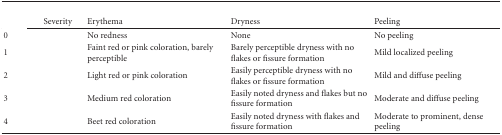
<table><thead><tr><td colspan="5">[EMPTY_CELL]</td></tr><tr><td>[EMPTY_CELL]</td><td><b>Severity</b></td><td><b>Erythema</b></td><td><b>Dryness</b></td><td><b>Peeling</b></td></tr></thead><tbody><tr><td>0</td><td>[EMPTY_CELL]</td><td>No redness</td><td>None</td><td>No peeling</td></tr><tr><td>1</td><td>[EMPTY_CELL]</td><td>Faint red or pink coloration, barely perceptible</td><td>Barely perceptible dryness with no flakes or fissure formation</td><td>Mild localized peeling</td></tr><tr><td>2</td><td>[EMPTY_CELL]</td><td>Light red or pink coloration</td><td>Easily perceptible dryness with no flakes or fissure formation</td><td>Mild and diffuse peeling</td></tr><tr><td>3</td><td>[EMPTY_CELL]</td><td>Medium red coloration</td><td>Easily noted dryness and flakes but no fissure formation</td><td>Moderate and diffuse peeling</td></tr><tr><td>4</td><td>[EMPTY_CELL]</td><td>Beet red coloration</td><td>Easily noted dryness with flakes and fissure formation</td><td>Moderate to prominent, dense peeling</td></tr></tbody></table>